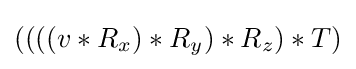
((((v*R_{x})*R_{y})*R_{z})*T)